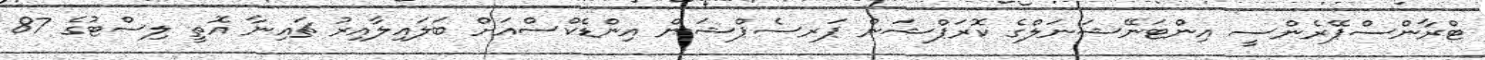
ޓްރާންސްޕޭރެންސީ އިންޓަނޭޝަނަލްގެ ކޮރަޕްޝަން ޕަރސެޕްޝަން އިންޑެކްސްއަށް ބަލައިލާއިރު ޗައިނާ އޮތީ ލިސްޓުގެ 87